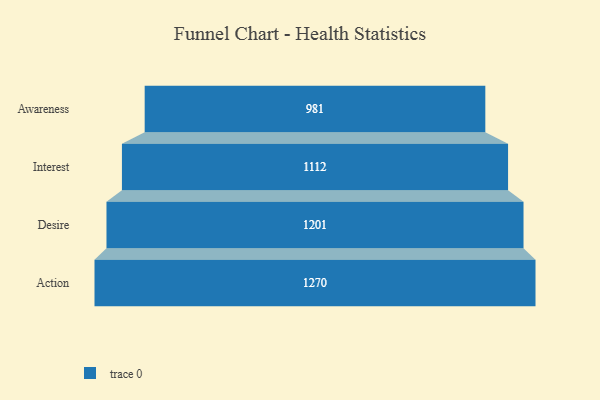
{"axis": {"x": "Stage", "y": "Value"}, "legend": [""], "data": [{"x": "Awareness", "y": 981.0, "type": ""}, {"x": "Interest", "y": 1112.0, "type": ""}, {"x": "Desire", "y": 1201.0, "type": ""}, {"x": "Action", "y": 1270.0, "type": ""}]}